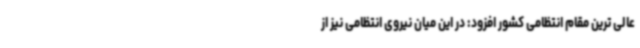
عالی ترین مقام انتظامی کشور افزود: در این میان نیروی انتظامی نیز از